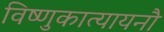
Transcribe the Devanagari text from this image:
विष्णुकात्यायनौ